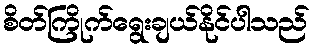
စိတ်ကြိုက်ရွေးချယ်နိုင်ပါသည်